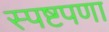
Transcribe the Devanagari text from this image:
स्पष्टपणा